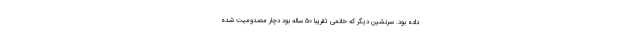
داده بود. سرنشین دیگر که خانمی تقریبا ۵۰ ساله بود دچار مصدومیت شده